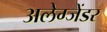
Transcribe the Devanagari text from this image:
अलेग्जेंडर